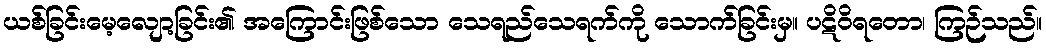
ယစ်ခြင်းမေ့လျော့ခြင်း၏ အကြောင်းဖြစ်သော သေရည်သေရက်ကို သောက်ခြင်းမှ။ ပဋိဝိရတော၊ ကြဉ်သည်။